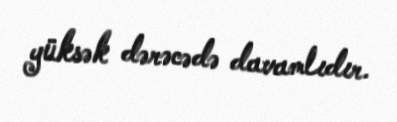
yüksək dərəcədə davamlıdır.